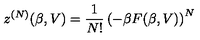
z ^ { ( N ) } ( \beta , V ) = \frac { 1 } { N ! } \left( - \beta F ( \beta , V ) \right) ^ { N }